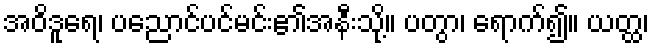
အဝိဒူရေ၊ ပညောင်ပင်မင်း၏အနီးသို့။ ပတွာ၊ ရောက်၍။ ယတ္ထ၊